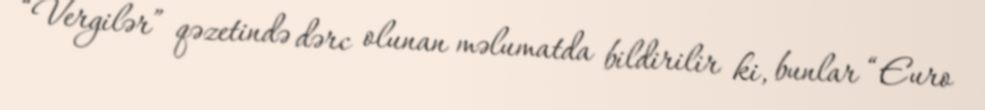
“Vergilər” qəzetində dərc olunan məlumatda bildirilir ki, bunlar “Euro